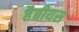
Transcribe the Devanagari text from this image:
हैबीयस